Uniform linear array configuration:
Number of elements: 4
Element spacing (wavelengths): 0.25
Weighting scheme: hann
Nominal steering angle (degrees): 0
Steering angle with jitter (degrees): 1.619
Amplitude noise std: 0.05
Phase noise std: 0.05

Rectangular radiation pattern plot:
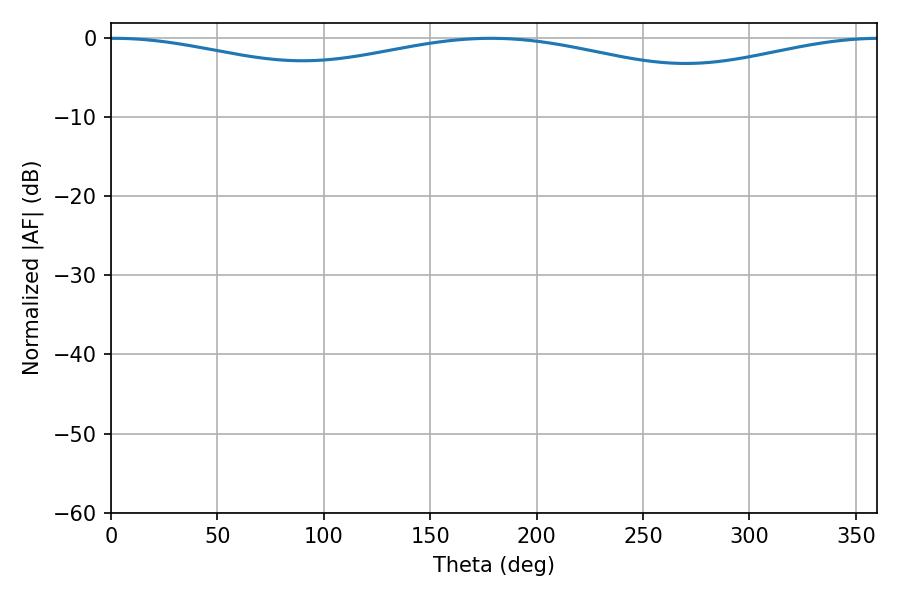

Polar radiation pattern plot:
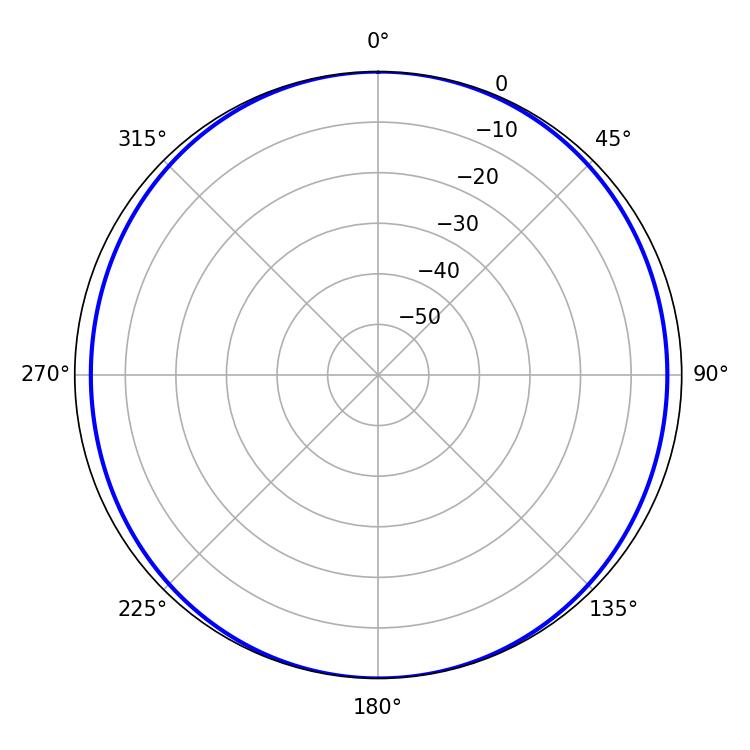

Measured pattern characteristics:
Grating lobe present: FALSE
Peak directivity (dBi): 14.569
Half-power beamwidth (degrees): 257.22
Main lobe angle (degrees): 1.44